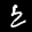
Label: 2